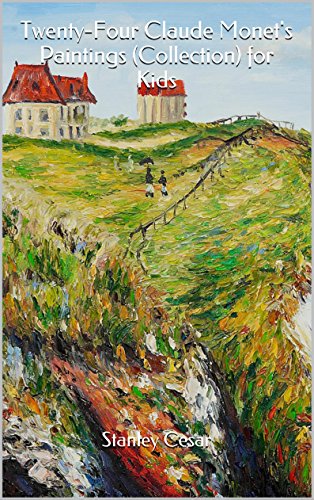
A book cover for Twenty-Four Claude Monet's Paintings (Collection) for Kids; Stanley Cesar; Cookbooks, Food & Wine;